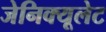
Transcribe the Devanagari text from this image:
जेनिक्यूलेट